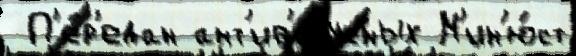
 П'е́р'едан ант'ив'и́русных М'ин'ю́ст